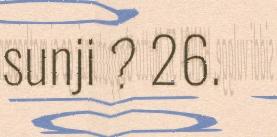
sunji ? 26.